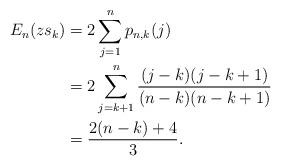
LaTeX: \begin{align*}E_n(zs_k)&=2\sum_{j=1}^n p_{n,k}(j)\\ &=2\sum_{j=k+1}^n\frac{(j-k)(j-k+1)}{(n-k)(n-k+1)}\\ &=\frac{2(n-k)+4}{3}.\end{align*}